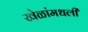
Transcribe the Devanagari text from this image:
खेळांमधली